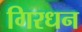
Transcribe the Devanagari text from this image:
गिरधन